Vaccination report Assam 1874-1896 - 1874-1896
Year: 1874
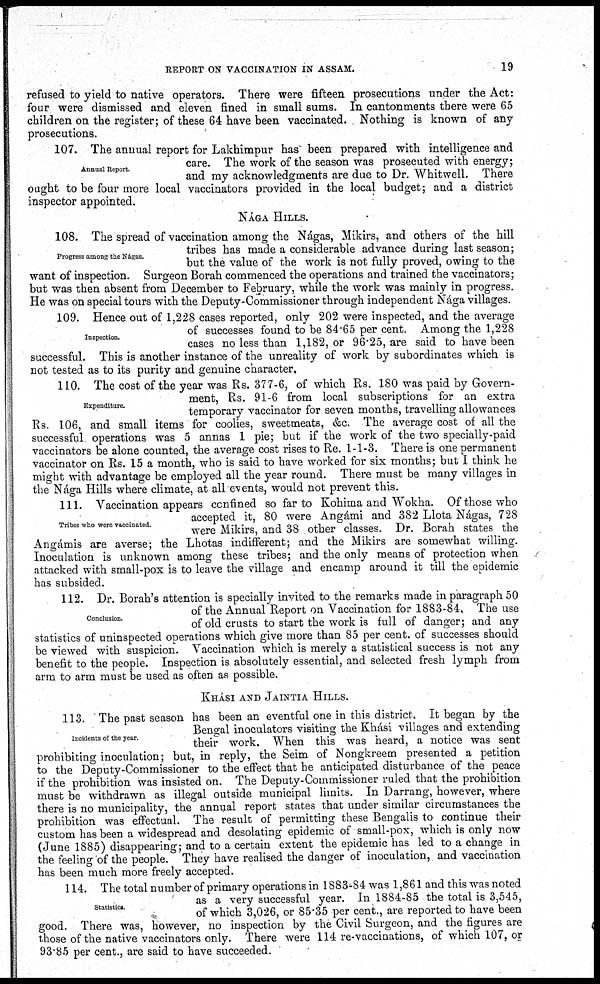
REPORT ON VACCINATION IN ASSAM.
19
refused to yield to native operators. There were fifteen prosecutions under the Act:
four were dismissed and eleven fined in small sums. In cantonments there were 65
children on the register; of these 64 have been vaccinated. Nothing is known of any
prosecutions.
Annual Report.
107. The annual report for Lakhimpur has been prepared with intelligence and
care. The work of the season was prosecuted with energy;
and my acknowledgments are due to Dr. Whitwell. There
ought to be four more local vaccinators provided in the local budget; and a district
inspector appointed.
NÁGA HILLS.
Progress among the Nágas.
108. The spread of vaccination among the Nágas, Mikirs, and others of the hill
tribes has made a considerable advance during last season;
but the value of the work is not fully proved, owing to the
want of inspection. Surgeon Borah commenced the operations and trained the vaccinators;
but was then absent from December to February, while the work was mainly in progress.
He was on special tours with the Deputy-Commissioner through independent Nága villages.
Inspection.
109. Hence out of 1,228 cases reported, only 202 were inspected, and the average
of successes found to be 84.65 per cent. Among the 1,228
cases no less than 1,182, or 96.25, are said to have been
successful. This is another instance of the unreality of work by subordinates which is
not tested as to its purity and genuine character.
Expenditure.
110. The cost of the year was Rs. 377-6, of which Rs. 180 was paid by Govern-
ment, Rs. 91-6 from local subscriptions for an extra
temporary vaccinator for seven months, travelling allowances
Rs. 106, and small items for coolies, sweetmeats, &c. The average cost of all the
successful operations was 5 annas 1 pie; but if the work of the two specially-paid
vaccinators be alone counted, the average cost rises to Re. 1-1-3. There is one permanent
vaccinator on Rs. 15 a month, who is said to have worked for six months; but I think he
might with advantage be employed all the year round. There must be many villages in
the Nága Hills where climate, at all events, would not prevent this.
Tribes who were vaccinated.
111. Vaccination appears confined so far to Kohima and Wokha. Of those who
accepted it, 80 were Angámi and 382 Llota Nágas, 728
were Mikirs, and 38 other classes. Dr. Borah states the
Angámis are averse; the Lhotas indifferent; and the Mikirs are somewhat willing.
Inoculation is unknown among these tribes; and the only means of protection when
attacked with small-pox is to leave the village and encamp around it till the epidemic
has subsided.
Conclusion.
112. Dr. Borah's attention is specially invited to the remarks made in paragraph 50
of the Annual Report on Vaccination for 1883-84, The use
of old crusts to start the work is full of danger; and any
statistics of uninspected operations which give more than 85 per cent. of successes should
be viewed with suspicion. Vaccination which is merely a statistical success is not any
benefit to the people. Inspection is absolutely essential, and selected fresh lymph from
arm to arm must be used as often as possible.
KHÁSI AND JAINTIA HILLS.
Incidents of the year.
113. The past season has been an eventful one in this district. It began by the
Bengal inoculators visiting the Khási villages and extending
their work. When this was heard, a notice was sent
prohibiting inoculation; but, in reply, the Seim of Nongkreem presented a petition
to the Deputy-Commissioner to the effect that he anticipated disturbance of the peace
if the prohibition was insisted on. The Deputy-Commissioner ruled that the prohibition
must be withdrawn as illegal outside municipal limits. In Darrang, however, where
there is no municipality, the annual report states that under similar circumstances the
prohibition was effectual. The result of permitting these Bengalis to continue their
custom has been a widespread and desolating epidemic of small-pox, which is only now
(June 1885) disappearing; and to a certain extent the epidemic has led to a change in
the feeling of the people. They have realised the danger of inoculation, and vaccination
has been much more freely accepted.
Statistics.
114. The total number of primary operations in 1883-84 was 1,861 and this was noted
as a very successful year. In 1884-85 the total is 3,545,
of which 3,026, or 85.35 per cent., are reported to have been
good. There was, however, no inspection by the Civil Surgeon, and the figures are
those of the native vaccinators only. There were 114 re-vaccinations, of which 107, or
93.85 per cent., are said to have succeeded.